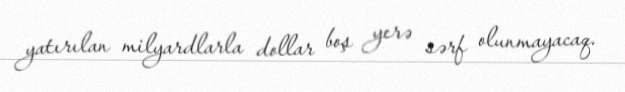
yatırılan milyardlarla dollar boş yerə sərf olunmayacaq.